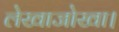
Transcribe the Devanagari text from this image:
लेखाजोखा।